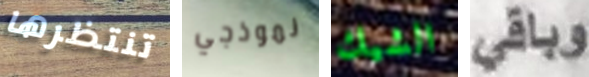
تنتظرها نموذجي الشيك وباقي